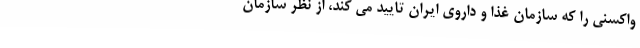
واکسنی را که سازمان غذا و داروی ایران تایید می ‌کند، از نظر سازمان